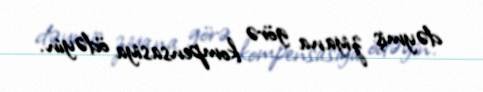
dəymiş ziyana görə kompensasiya ödəyin.